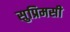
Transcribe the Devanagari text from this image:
सुप्रिमसी